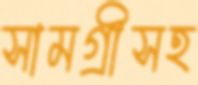
সামগ্রীসহ